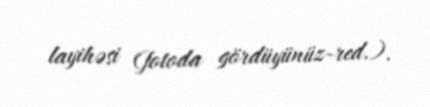
layihəsi (fotoda gördüyünüz-red.).